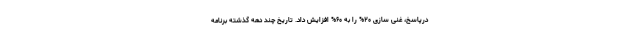
درپاسخ، غنی سازی ۲۰% را به ۶۰% افزایش داد. تاریخ چند دهه گذشته برنامه